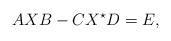
LaTeX: \begin{align*}AXB-CX^{\star}D=E,\end{align*}